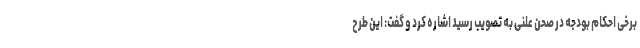
برخی احکام بودجه در صحن علنی به تصویب رسید اشاره کرد و گفت: این طرح